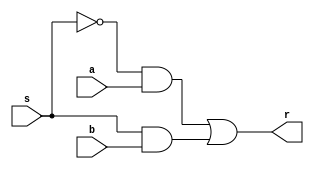
module mux_2x1(a, b, s, r);

	input a, b, s;
	output r;

	// r = s'a + sb
	wire and_0;
	wire s_not;
	wire and_1;

	not Not0(s_not, s);
	and And0(and_0, s_not, a);
	and And1(and_1, s, b);

	or Or0(r, and_0, and_1);


endmodule